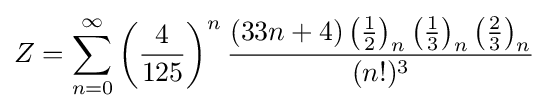
Z=\sum _{n=0}^{\infty }\left({\frac {4}{125}}\right)^{n}{\frac {(33n+4)\left({\frac {1}{2}}\right)_{n}\left({\frac {1}{3}}\right)_{n}\left({\frac {2}{3}}\right)_{n}}{(n!)^{3}}}